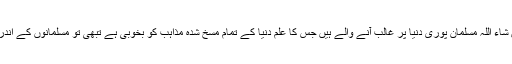
یاد رہے کہ حدیث نبویۖ کے مطابق ان شاء اللہ مسلمان پوری دنیا پر غالب آنے والے ہیں جس کا علم دنیا کے تمام مسخ شدہ مذاہب کو بخوبی ہے تبھی تو مسلمانوں کے اندر اختلافات کی فضا پیدا کی جارہی ہے۔